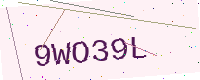
Text: 9WO39L